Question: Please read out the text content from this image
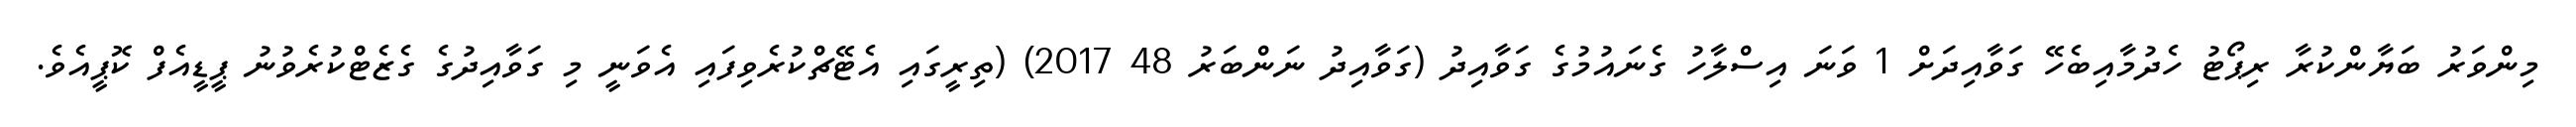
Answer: މިންވަރު ބަޔާންކުރާ ރިޕޯޓު ހެދުމާއިބެހޭ ގަވާއިދަށް 1 ވަނަ އިސްލާހު ގެނައުމުގެ ގަވާއިދު (ގަވާއިދު ނަންބަރު 48 2017) (ތިރީގައި އެޓޭޗްކުރެވިފައި އެވަނީ މި ގަވާއިދުގެ ގެޒެޓްކުރެވުނު ޕީޑީއެފް ކޮޕީއެވެ.